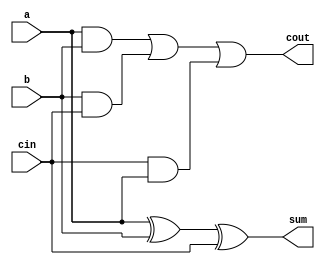
`timescale 1ns / 1ps
//////////////////////////////////////////////////////////////////////////////////
// Company: 
// Engineer: 
// 
// Design Name: 
// Module Name:    full_adder
// Project Name: 
// Target Devices: 
// Tool versions: 
// Description: 
//
// Dependencies: 
//
// Revision: 
// Revision 0.01 - File Created
// Additional Comments: 
//
//////////////////////////////////////////////////////////////////////////////////
module full_adder(a,b,cin,sum,cout
    );
	input a;

	input b;

	input cin;

	output sum;
	
	wire sum;
	
output cout;
wire cout;
assign sum = a^b^cin;
assign cout = (a & b) | (b & cin) | (cin & a);


endmodule